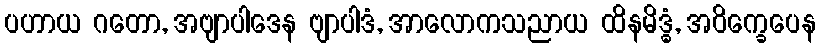
ပဟာယ ဂတော, အဗျာပါဒေန ဗျာပါဒံ, အာလောကသညာယ ထိနမိဒ္ဓံ, အဝိက္ခေပေန